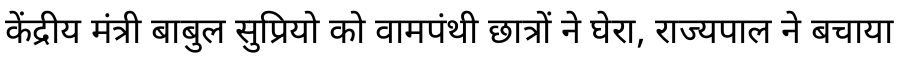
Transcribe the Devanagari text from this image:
केंद्रीय मंत्री बाबुल सुप्रियो को वामपंथी छात्रों ने घेरा, राज्यपाल ने बचाया